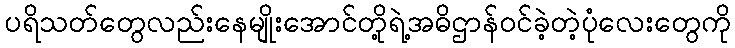
ပရိသတ်တွေလည်းနေမျိုးအောင်တို့ရဲ့အဓိဌာန်ဝင်ခဲ့တဲ့ပုံလေးတွေကို